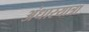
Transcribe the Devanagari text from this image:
अंधारयात्रा